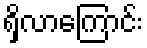
ရှိလာကြောင်း